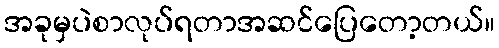
အခုမှပဲစာလုပ်ရတာအဆင်ပြေတော့တယ်။